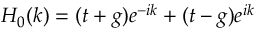
H _ { 0 } ( k ) = ( t + g ) e ^ { - i k } + ( t - g ) e ^ { i k }